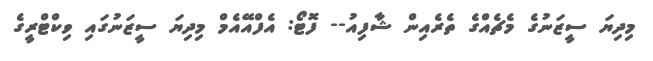
މިދިޔަ ސީޒަނުގެ މެޗެއްގެ ތެރެއިން ޝާފިއު-- ފޮޓޯ: އެފްއޭއެމް މިދިޔަ ސީޒަނުގައި ވިކްޓްރީގެ